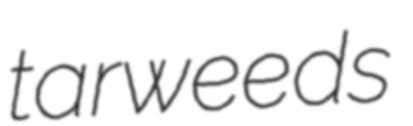
tarweeds